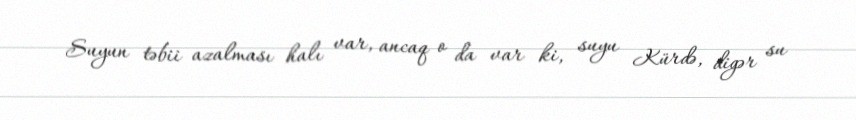
Suyun təbii azalması halı var, ancaq o da var ki, suyu Kürdə, digər su